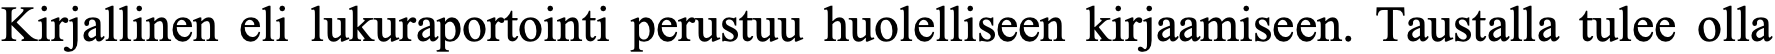
Kirjallinen eli lukuraportointi perustuu huolelliseen kirjaamiseen. Taustalla tulee olla